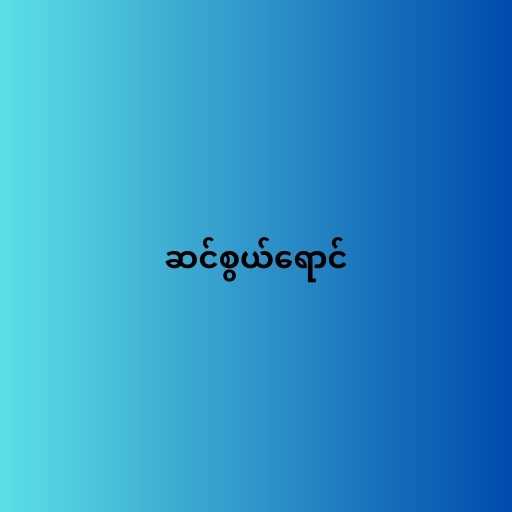
ဆင်စွယ်ရောင်